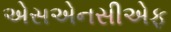
એસએનસીએફ